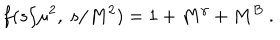
LaTeX: f ( s / \mu ^ { 2 } , ~ s / M ^ { 2 } ) = 1 + M ^ { \gamma } + M ^ { B } ~ .